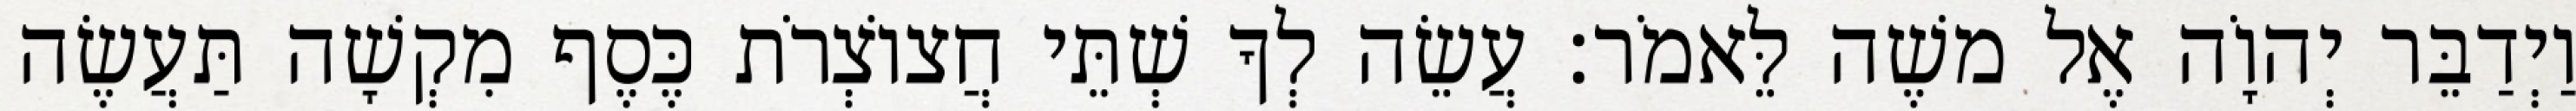
וַיְדַבֵּר יְהוָֹה אֶל משֶׁה לֵּאמֹר׃ עֲשֵׂה לְךָ שְׁתֵּי חֲצוֹצְרֹת כֶּסֶף מִקְשָׁה תַּעֲשֶׂה